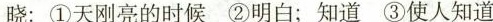
晓：①天刚亮的时候②明白；知道③使人知道